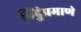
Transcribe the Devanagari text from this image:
हिंदुंप्रमाणे